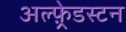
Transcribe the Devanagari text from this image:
अल्फ़्रेडस्टन